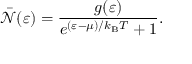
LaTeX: { \bar { \mathcal { N } } } ( \varepsilon ) = { \frac { g ( \varepsilon ) } { e ^ { ( \varepsilon - \mu ) / k _ { \mathrm { { B } } } T } + 1 } } .